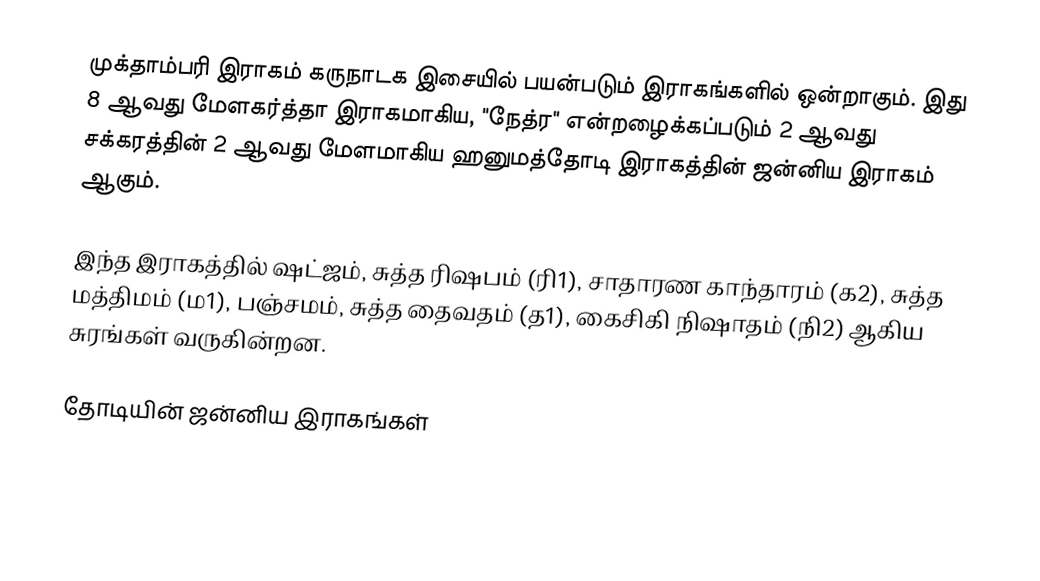
முக்தாம்பரி இராகம் கருநாடக இசையில் பயன்படும் இராகங்களில் ஒன்றாகும். இது 8 ஆவது மேளகர்த்தா இராகமாகிய, "நேத்ர" என்றழைக்கப்படும் 2 ஆவது சக்கரத்தின் 2 ஆவது மேளமாகிய ஹனுமத்தோடி இராகத்தின் ஜன்னிய இராகம் ஆகும்.

இந்த இராகத்தில் ஷட்ஜம், சுத்த ரிஷபம் (ரி1), சாதாரண காந்தாரம் (க2), சுத்த மத்திமம் (ம1), பஞ்சமம், சுத்த தைவதம் (த1), கைசிகி நிஷாதம் (நி2) ஆகிய சுரங்கள் வருகின்றன.

தோடியின் ஜன்னிய இராகங்கள்